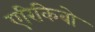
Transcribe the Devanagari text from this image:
एरिकिबो